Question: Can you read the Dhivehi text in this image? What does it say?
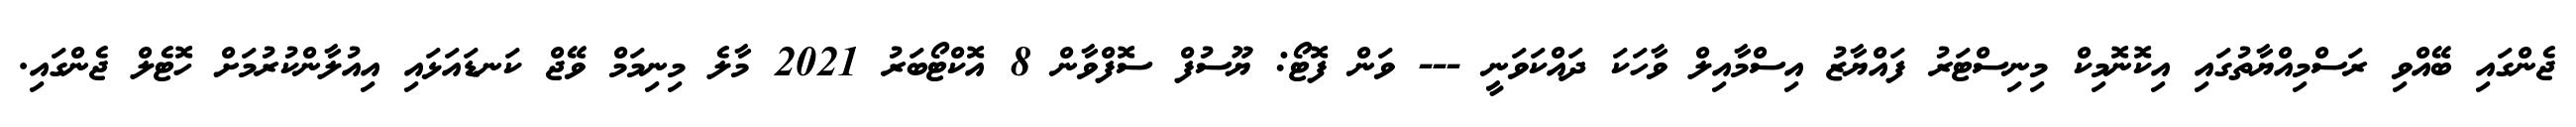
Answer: ޖެންގައި ބޭއްވި ރަސްމިއްޔާތުގައި އިކޮނޮމިކް މިނިސްޓަރު ފައްޔާޒު އިސްމާއިލް ވާހަކަ ދައްކަވަނީ --- ވަން ފޮޓޯ: ޔޫސުފް ސޮފްވާން 8 އޮކްޓޯބަރު 2021 މާލެ މިނިމަމް ވޭޖް ކަނޑައަޅައި އިއުލާންކުރުމަށް ހޮޓެލް ޖެންގައި.